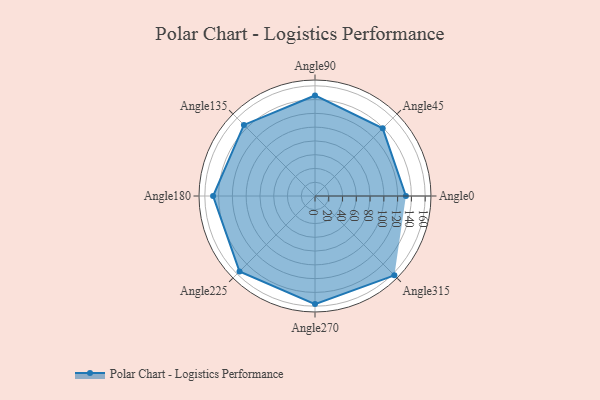
{"axis": {"x": "Angle", "y": "Radius"}, "legend": [""], "data": [{"x": "Angle0", "y": 132.0, "type": ""}, {"x": "Angle45", "y": 139.0, "type": ""}, {"x": "Angle90", "y": 146.0, "type": ""}, {"x": "Angle135", "y": 146.0, "type": ""}, {"x": "Angle180", "y": 148.0, "type": ""}, {"x": "Angle225", "y": 155.0, "type": ""}, {"x": "Angle270", "y": 157.0, "type": ""}, {"x": "Angle315", "y": 163.0, "type": ""}]}